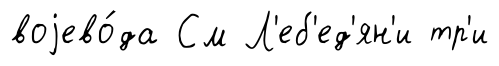
воjево́да См Л'еб'ед'ян'и тр'и